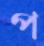
প